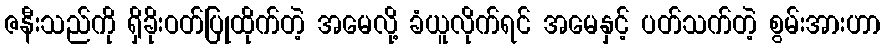
ဇနီးသည်ကို ရှိခိုးဝတ်ပြုထိုက်တဲ့ အမေလို့ ခံယူလိုက်ရင် အမေနှင့် ပတ်သက်တဲ့ စွမ်းအားဟာ